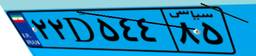
۲۲D۵۴۴۸۵